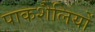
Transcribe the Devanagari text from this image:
पाकशैलियों